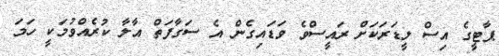
ޕާޓީގެ އިސް ލީޑަރަކަށް ރައީސްވެ ވަޑައިގެން އެ ސަގާފަތް އާލާ ކުރެއްވުމަކީ ހަމަ